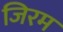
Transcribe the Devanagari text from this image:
जिरम